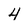
Character: 4